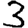
Digit: 3